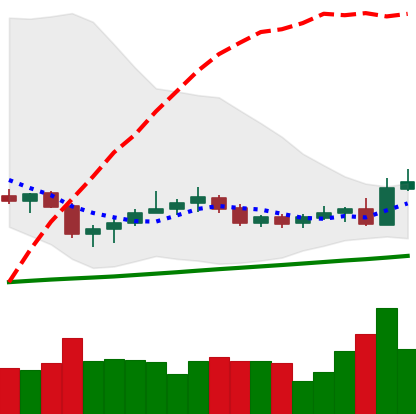
Ticker: NEO-USD
Chart end date: 2020-10-22
Forward return: -8.509%
Label: down_7plus